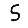
Digit: 5